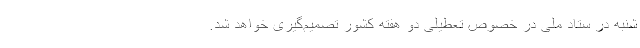
شنبه در ستاد ملی در خصوص تعطیلی دو هفته کشور تصمیم‌گیری خواهد شد.